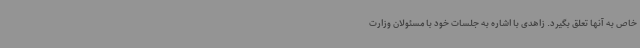
خاص به آنها تعلق بگیرد. زاهدی با اشاره به جلسات خود با مسئولان وزارت